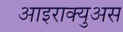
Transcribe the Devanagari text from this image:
आइराक्युअस